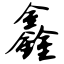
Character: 鑫